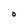
Character: O